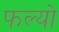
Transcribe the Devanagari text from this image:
फल्‍यो